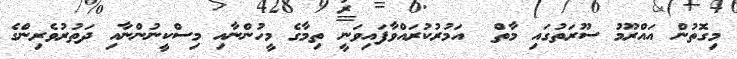
މިގޮތުން އައްރޫމު ސޫރަތުގައި މާތް  އަމުރުކުރައްވާފައިވަނީ ތިމާގެ މީހުންނާއި މިސްކީނުންނާއި ދަތުރުވެރިންގެ